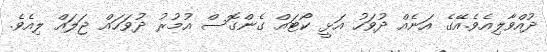
ދުއްވާލިއެވެ.އޭގެ އަނެއް ދުވަހު އަޅީ ކޯޓައް ގެންގޮސް އުމުރު ދުވަހައް ޖަލައް ލިއެވެ.